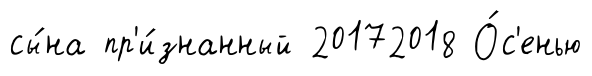
сы́на пр'и́знанный 20172018 О́с'енью